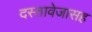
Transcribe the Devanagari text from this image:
दस्तावेजासह